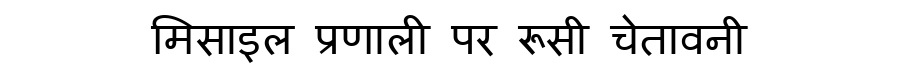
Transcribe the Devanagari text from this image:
मिसाइल प्रणाली पर रूसी चेतावनी